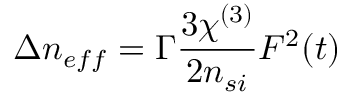
\Delta n _ { e f f } = \Gamma \frac { 3 \chi ^ { ( 3 ) } } { 2 n _ { s i } } F ^ { 2 } ( t )